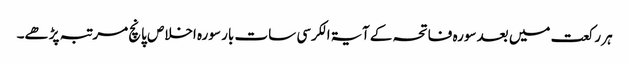
ہر رکعت میں بعد سورہ فاتحہ کے آیۃ الکرسی سات بار سورہ اخلاص پانچ مرتبہ پڑھے۔